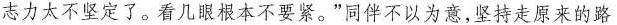
志力太不坚定了。看几眼根本不要紧。”同伴不以为意，坚持走原来的路